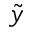
\tilde { y }